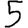
Digit: 5